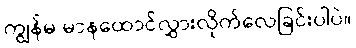
ကျွန်မ မာနထောင်လွှားလိုက်လေခြင်းပါပဲ။